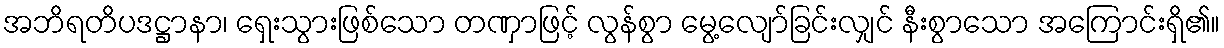
အဘိရတိပဒဋ္ဌာနာ၊ ရှေးသွားဖြစ်သော တဏှာဖြင့် လွန်စွာ မွေ့လျော်ခြင်းလျှင် နီးစွာသော အကြောင်းရှိ၏။